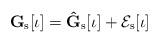
LaTeX: \begin{align*}\mathbf{G}_\mathrm{s}[\iota] = \mathbf{\hat{G}}_\mathrm{s}[\iota] + \mathcal{E}_\mathrm{s}[\iota]\end{align*}